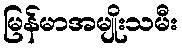
မြန်မာအမျိုးသမီး